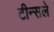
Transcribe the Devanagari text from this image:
टीन्सले